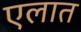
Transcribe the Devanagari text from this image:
एलात